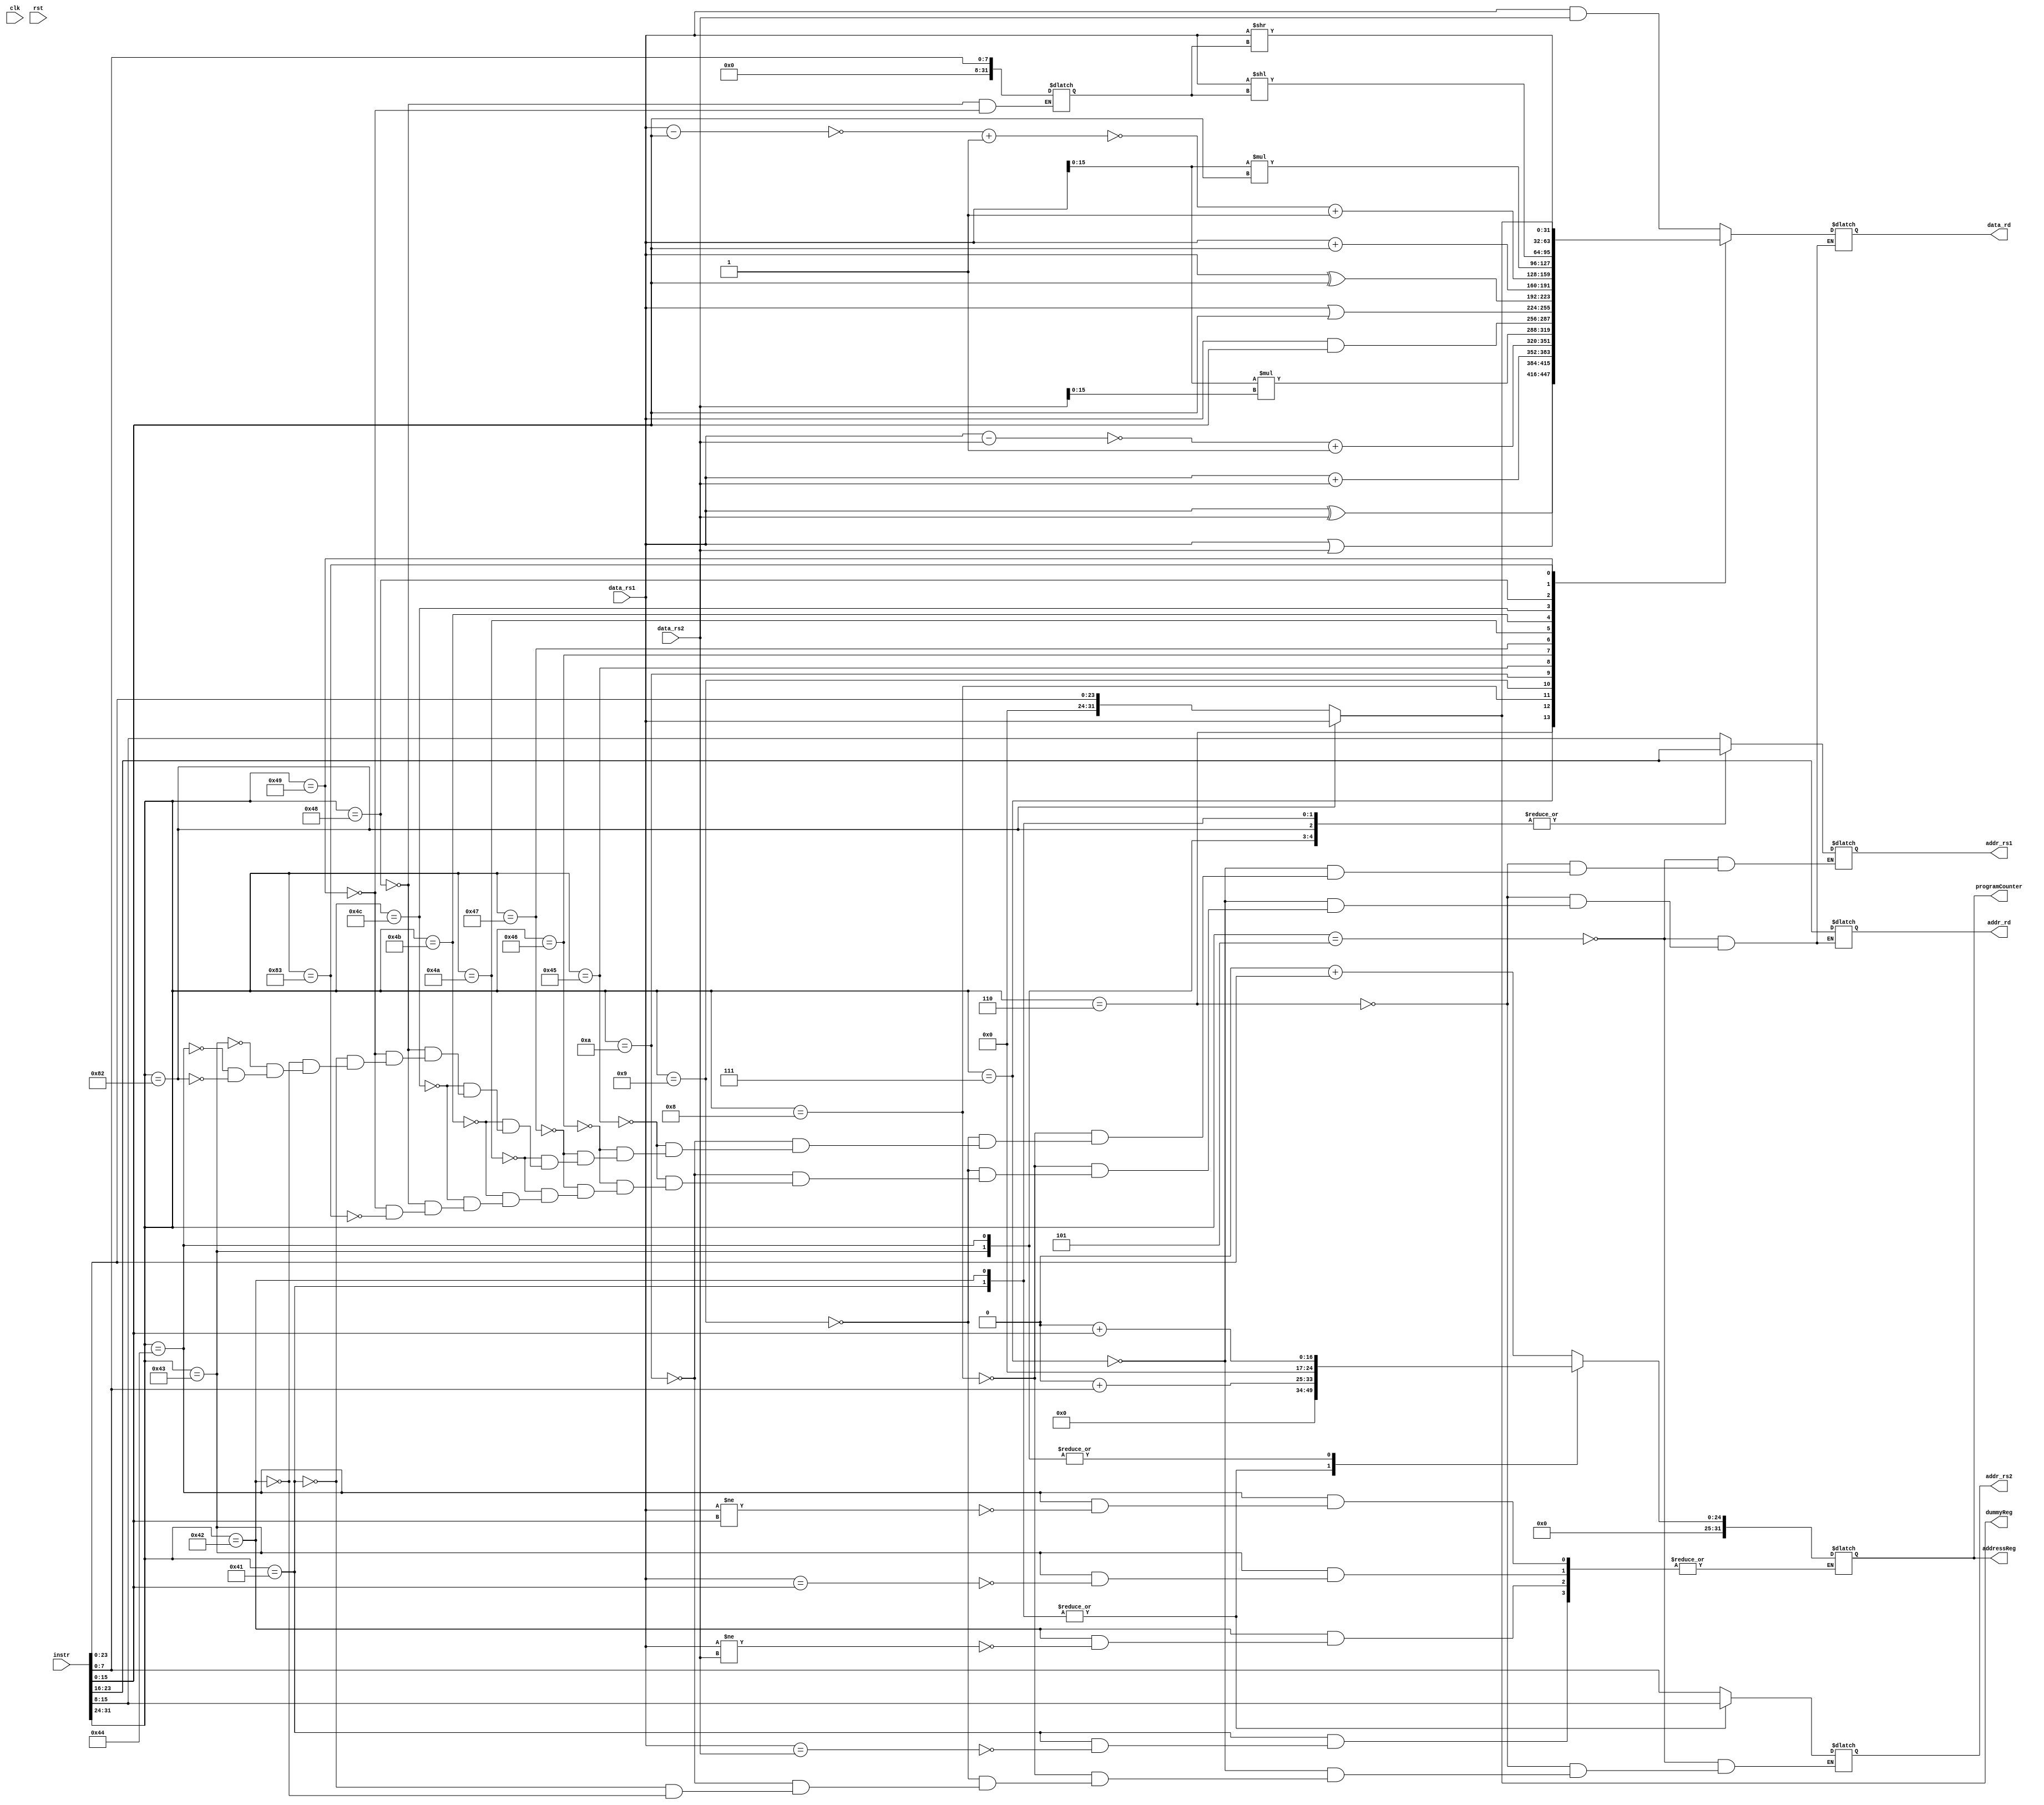
`timescale 1 ps/1 ps  // time-unit = 1 ns, precision = 10 ps

module core(
	input clk,
	input rst,
	input [31:0] instr,
	input [31:0] data_rs1,
	input [31:0] data_rs2,
	
	output reg [7:0] addr_rs1,
	output reg [7:0] addr_rs2,
	output reg [7:0] addr_rd,
	output reg [31:0] data_rd,
	output reg [31:0] programCounter,
	output reg [31:0] addressReg,
	output reg [31:0] dummyReg

);

wire [7:0] opcode;
reg [31:0] tempData;
reg [31:0] tempPC = 'b0000000000000000_0000000000000000;
reg [31:0] tempRA = 'b0000000000000000_0000000000000000;
reg [31:0] tempDummy = 'b0000000000000000_0000000000000000;

integer intData;
always @ (rst, instr, data_rs1, tempPC, data_rs2) begin

//assign opcode = instr[31:24];

case(instr[31:24])
		'b0000_0101: begin // AND Register Content
			addr_rd <= instr[23:16];
			addr_rs1 <= instr[15:8];
			addr_rs2 <= instr[7:0];
		
			data_rd = data_rs1 & data_rs2;
		end
		'b0000_0110: begin // OR Register Content
			addr_rd <= instr[23:16];
			addr_rs1 <= instr[15:8];
			addr_rs2 <= instr[7:0];
		
			data_rd = data_rs1 | data_rs2;
		end
		'b0000_0111: begin // XOR Register Content
			addr_rd <= instr[23:16];
			addr_rs1 <= instr[15:8];
			addr_rs2 <= instr[7:0];
		
			data_rd = data_rs1 ^ data_rs2;
		end
		'b0000_1000: begin //Add Register content
			addr_rd <= instr[23:16];
			addr_rs1 <= instr[15:8];
			addr_rs2 <= instr[7:0];
		
			data_rd = data_rs1 + data_rs2;
		end
		'b0000_1001: begin // Subtract Register content
			addr_rd <= instr[23:16];
			addr_rs1 <= instr[15:8];
			addr_rs2 <= instr[7:0];
		
			data_rd = ~(data_rs1 - data_rs2)+'b0000_0000_0000_0001;
		end
		'b0000_1010: begin // Multiply Register content
			addr_rd <= instr[23:16];
			addr_rs1 <= instr[15:8];
			addr_rs2 <= instr[7:0];
		
			data_rd = data_rs1[15:0] * data_rs2[15:0];
		end
		'b0100_0101: begin // AND Immediate
			addr_rs1 = instr[23:16];
			tempData = data_rs1[31:0];
			addr_rd = instr[23:16];
			data_rd = tempData[31:0] & {16'b0000_0000_0000_0000,instr[15:0]};
		
		end
		'b0100_0110: begin // OR Immediate
			addr_rs1 = instr[23:16];
			tempData = data_rs1[31:0];
			addr_rd = instr[23:16];
			data_rd = tempData[31:0] | {16'b0000_0000_0000_0000,instr[15:0]};
		
		end
		'b0100_0111: begin // XOR Immediate
			addr_rs1 = instr[23:16];
			tempData = data_rs1[31:0];
			addr_rd = instr[23:16];
			data_rd = tempData[31:0] ^ {16'b0000_0000_0000_0000,instr[15:0]};
		
		end
		'b0100_1010: begin // ADD Immediate
			addr_rs1 = instr[23:16];
			tempData = data_rs1[31:0];
			addr_rd = instr[23:16];
			data_rd = tempData[31:0] + instr[15:0];
		
		end
		'b0100_1011: begin // Subtract Immediate
			addr_rs1 = instr[23:16];
			tempData = data_rs1[31:0];
			addr_rd = instr[23:16];
			data_rd = ~(tempData[31:0] - instr[15:0])+'b0000_0000_0000_0001;
			data_rd = ~data_rd + 'b0000_0000_0000_0000_0000_0000_0000_0001;
		end
		'b0100_1100: begin // MULTIPLY Immediate
			addr_rs1 = instr[23:16];
			tempData = data_rs1[31:0];
			addr_rd = instr[23:16];
			data_rd = tempData[15:0] * instr[15:0];
		end
		'b0100_1000: begin // SLLI Rd, RS1, K | Rd <= Rd << K
			addr_rd <= instr[23:16];
			addr_rs1 <= instr[15:8];
			intData <= instr[7:0];
			data_rd = data_rs1<<intData;
		end		
		'b0100_1001: begin // SRLI Rd, RS1, K | Rd <= Rd >> K
			addr_rd <= instr[23:16];
			addr_rs1 <= instr[15:8];
			intData <= instr[7:0];
			data_rd = data_rs1>>intData;
		end
		
		'b00000001: begin // JP
			tempPC[31:0] = 'b00000000 +  instr[23:0];
			$display($time,"\t Jumping to address: %b", {8'b0000_0000,instr[23:0]});
		end
		
		'b00000010: begin // JAL
			tempRA = programCounter[31:0];
			$display($time,"\t Current addr: %b\t saved in the Address Register for Jump-and-Link", tempRA);
			tempPC[31:0] = 'b00000000 +  instr[23:0];
			$display($time,"\t Jumping to address: %b", {8'b0000_0000,instr[23:0]});
		end
		
		'b0100_0001: begin				// BEQR	= 8'b0100_0001,
			addr_rs1 = instr[23:16];
			addr_rs2 = instr[15:8];
			#100
			if(data_rs1 == data_rs2) begin
				tempPC[31:0] = 'b0000000000000000_0000000000000000 +  instr[7:0];
			end
			else begin
				tempPC[31:0] = programCounter[31:0];
			end
		end
		
		
		'b0100_0010: begin				// BNER	= 8'b0100_0010,
			addr_rs1 = instr[23:16];
			addr_rs2 = instr[15:8];
			#100
			if(data_rs1 != data_rs2) begin
				tempPC[31:0] = 'b0000000000000000_0000000000000000 +  instr[7:0];
			end
			else begin
				tempPC[31:0] = programCounter[31:0];
			end
		end
		
		'b0100_0011: begin				// BEQI,
			addr_rs1 = instr[23:16];
			#100
			if(data_rs1 == {16'b0000_0000_0000_0000,instr[15:0]}) begin
				tempPC[31:0] = 'b0000000000000000_0000000000000000 +  instr[15:0];
				$display($time,"\t BEQI %b\t, %b\t, Branch Taken",data_rs1,{16'b0000_0000_0000_0000,instr[15:0]}); 
			end
			else begin
				tempPC[31:0] = programCounter[31:0];
				$display($time,"\t BEQI %b\t, %b\t, Branch Not Taken",data_rs1,{16'b0000_0000_0000_0000,instr[15:0]}); 
			end
		end
		
		'b0100_0100: begin				// BNEI,
			addr_rs1 = instr[23:16];
			#100
			if(data_rs1 != {16'b0000_0000_0000_0000,instr[15:0]}) begin
				tempPC[31:0] = 'b0000000000000000_0000000000000000 +  instr[15:0];
				$display($time,"\t BNEI %b\t, %b\t, Branch Taken",data_rs1,{16'b0000_0000_0000_0000,instr[15:0]}); 
			end
			else begin
				tempPC[31:0] = programCounter[31:0];
				$display($time,"\t BNEI %b\t, %b\t, Branch NOT Taken",data_rs1,{16'b0000_0000_0000_0000,instr[15:0]}); 
			end
		end
		'b10000001: begin // LOADI opcode, immediate[23..0]
				tempDummy = {8'b0000_0000,instr[23:0]};
				$display($time,"\t Loading on dummy register the value %b",{8'b0000_0000,instr[23:0]});
		end
		'b10000010: begin // LOADR opcode, address[23:16]... offset[15..0](offset unused)
				addr_rs1 = instr[23:16];
				tempDummy = data_rs1;
				#100
				$display($time,"\t Loading on dummy register the value %d\t from memory address %d",data_rs1,addr_rs1);
		end
		'b10000011: begin // STORE opcode, address[23:16]... offset[15..0](offset unused)
				addr_rd = instr[23:16];
				data_rd = dummyReg;
				$display($time,"\t Storing on memory address %d the value %d that's in the dummy register",addr_rd,data_rd);
		end
		
	endcase
	addressReg <= tempRA;
	programCounter <= tempPC;
	dummyReg <= tempDummy;
end

endmodule